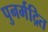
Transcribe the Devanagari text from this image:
पुनर्मद्रित